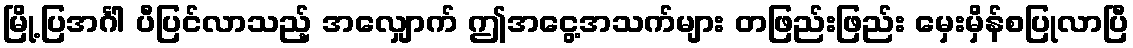
မြို့ပြအင်္ဂါ ပီပြင်လာသည့် အလျှောက် ဤအငွေ့အသက်များ တဖြည်းဖြည်း မှေးမှိန်စပြုလာပြီ